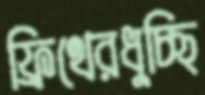
ফ্রিথেরধুচ্ছি